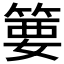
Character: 𱸍